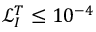
\mathcal { L } _ { I } ^ { T } \le 1 0 ^ { - 4 }